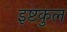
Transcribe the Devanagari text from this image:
इष्टकुल